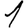
Digit: 1